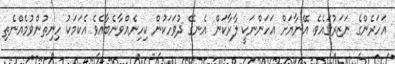
އަހަރެންގެ ނަޒަރުގައެވެ. އޭނާޔަށް އަހަންނަކީ ލާރާކަން އެނގޭ ދުވަހަކުން ކިހިނެއްވާނެބާއެވެ އެކަމަކު ހިނިތުންވުމެއްނެތި